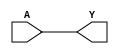
module BUF(A, Y);
parameter  PwrC = 0;
input A;
output Y;
assign Y = A;
    //always @(posedge Y) //Cuenta el numero de transiciones
    //testbench_synth.m1.PwrCntr[PwrC] = testbench_synth.m1.PwrCntr[PwrC] + 1;
endmodule

module NOT(A, Y);
parameter  PwrC = 0;
input A;
output Y;
assign Y = ~A;
    //always @(posedge Y) 
    //testbench_synth.m1.PwrCntr[PwrC] = testbench_synth.m1.PwrCntr[PwrC] + 1;
endmodule

module NAND(A, B, Y);
parameter  PwrC = 0;
input A, B;
output Y;
assign Y = ~(A & B);
    //always @(posedge Y) 
    //testbench_synth.m1.PwrCntr[PwrC] = testbench_synth.m1.PwrCntr[PwrC] + 1;
endmodule

module NOR(A, B, Y);
parameter  PwrC = 0;
input A, B;
output Y;
assign Y = ~(A | B);
    //always @(posedge Y) 
    //testbench_synth.m1.PwrCntr[PwrC] = testbench_synth.m1.PwrCntr[PwrC] + 1;
endmodule

module DFF(C, D, Q);
parameter  PwrC = 0;
input C, D;
output reg Q;
always @(posedge C)
	Q <= D;

    //always @(posedge Q) 
    //testbench_synth.m1.PwrCntr[PwrC] = testbench_synth.m1.PwrCntr[PwrC] + 1;
endmodule

module DFFSR(C, D, Q, S, R);
parameter  PwrC = 0;
input C, D, S, R;
output reg Q;
always @(posedge C, posedge S, posedge R)
	if (S)
		Q <= 1'b1;
	else if (R)
		Q <= 1'b0;
	else
		Q <= D;

    //always @(posedge Q) 
    //testbench_synth.m1.PwrCntr[PwrC] = testbench_synth.m1.PwrCntr[PwrC] + 1;
endmodule